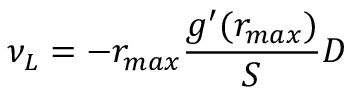
\nu _ { L } = - r _ { m a x } \frac { g ^ { \prime } ( r _ { m a x } ) } { S } D